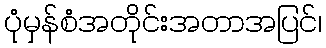
ပုံမှန်စံအတိုင်းအတာအပြင်၊